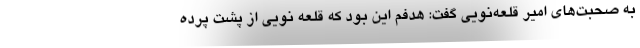
به صحبت‌های امیر قلعه‌نویی گفت: هدفم این بود که قلعه نویی از پشت پرده